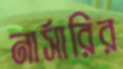
নার্সারির